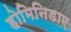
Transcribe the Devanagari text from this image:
होमिनिडाए